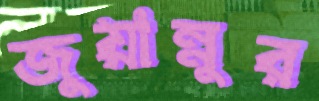
জুয়ান্নুর